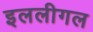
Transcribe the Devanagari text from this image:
इललीगल